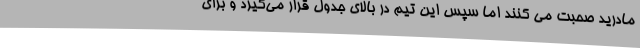
مادرید صحبت می کنند اما سپس این تیم در بالای جدول قرار می‌گیرد و برای